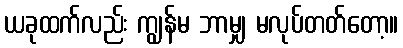
ယခုထက်လည်း ကျွန်မ ဘာမျှ မလုပ်တတ်တော့။